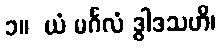
၁။  ယံ မင်္ဂလံ ဒွါဒသဟိ၊